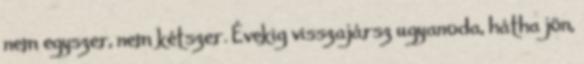
nem egyszer, nem kétszer. Évekig visszajársz ugyanoda, hátha jön,